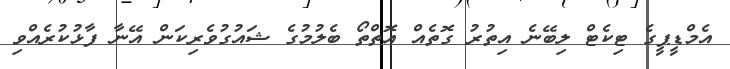
އެމްޑީޕީގެ ޓިކެޓް ލިބޭނެ އިތުރު ގޮތެއް އޮތްތޯ ބެލުމުގެ ޝައުގުވެރިކަން އޭނާ ފާޅުކުރެއްވި